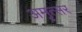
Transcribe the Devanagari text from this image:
अमृत्सर